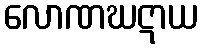
လောဏဃဋာယ